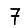
Digit: 7